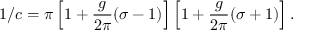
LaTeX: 1 / c = \pi \left[ 1 + \frac { g } { 2 \pi } ( \sigma - 1 ) \right] \left[ 1 + \frac { g } { 2 \pi } ( \sigma + 1 ) \right] .